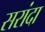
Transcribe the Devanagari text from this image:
सरांदा